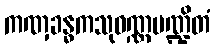
ကဏှခန္ဓကသုဝဏ္ဏမဏ္ဍိတံ